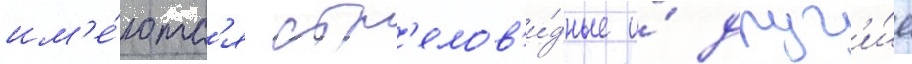
им'е́ютс'я стр'елов'и́дные и́ друг'и́е